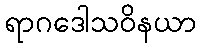
ရာဂဒေါသဝိနယာ